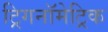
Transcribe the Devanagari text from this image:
ट्रिगनॉमेट्रिक